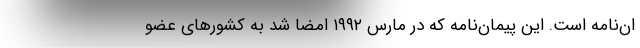
ان‌نامه است. این پیمان‌نامه که در مارس ۱۹۹۲ امضا شد به کشورهای عضو